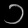
Digit: ၁